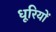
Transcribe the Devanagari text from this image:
धूरियों